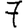
Digit: 7